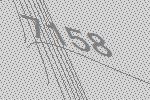
7158